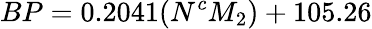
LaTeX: BP=0.2041(N^{c}M_{2})+105.26